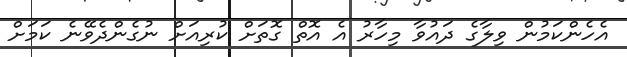
އެހެންކަމުން ވިލާގެ ދައުވާ މިހާރު އެ އޮތް ގޮތަށް ކުރިއަށް ނުގެންދެވޭނެ ކަމަށް